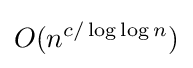
O(n^{c/\log {\log {n}}})